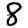
Digit: 8